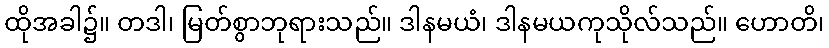
ထိုအခါ၌။ တဒါ၊ မြတ်စွာဘုရားသည်။ ဒါနမယံ၊ ဒါနမယကုသိုလ်သည်။ ဟောတိ၊